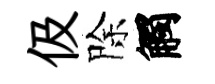
伋除觸